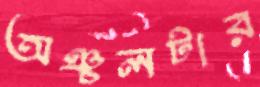
অঞ্চলটার